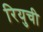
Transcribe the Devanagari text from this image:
रियुची